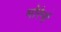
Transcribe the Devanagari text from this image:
मोरेनों